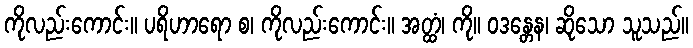
ကိုလည်းကောင်း။ ပရိဟာရော စ၊ ကိုလည်းကောင်း။ အတ္ထံ၊ ကို။ ဝဒန္တေန၊ ဆိုသော သူသည်။